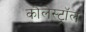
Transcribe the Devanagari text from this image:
कौलेस्ट्रॉल